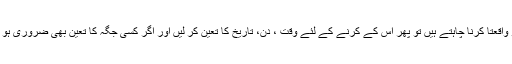
یا اگر آپ اس کام کو واقعتاً کرنا چاہتے ہیں تو پھر اس کے کرنے کے لئے وقت ، دن، تاریخ کا تعین کر لیں اور اگر کسی جگہ کا تعین بھی ضروری ہو تو وہ بھی کر لیجے۔